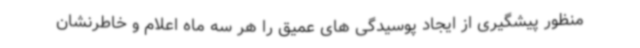
منظور پیشگیری از ایجاد پوسیدگی های عمیق را هر سه ماه اعلام و خاطرنشان